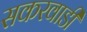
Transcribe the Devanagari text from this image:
सकरवाडी